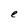
Character: e